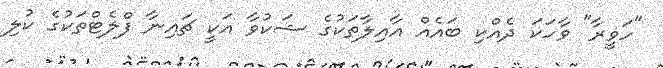
"ހަވީރާ" ވާހަކަ ދެއްކި ބައެއް އާއިލާތަކުގެ ޝަކުވާ އަކީ ޗައިނާ ފްލެޓްތަކުގެ ކުލި